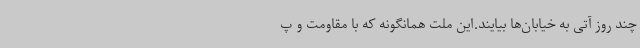
چند روز آتی به خیابان‌ها بیایند.این ملت همانگونه که با مقاومت و پ